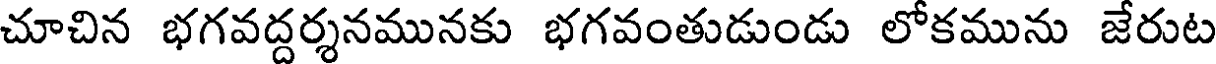
చూచిన భగవద్దర్శనమునకు భగవంతుడుండు లోకమును జేరుట